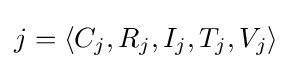
j=\langle C_{j},R_{j},I_{j},T_{j},V_{j}\rangle